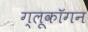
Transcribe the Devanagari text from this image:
ग्लूकॉगन